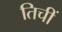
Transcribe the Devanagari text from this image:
तिचीं